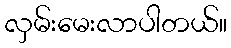
လှမ်းမေးလာပါတယ်။